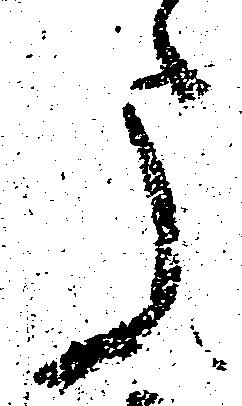
う